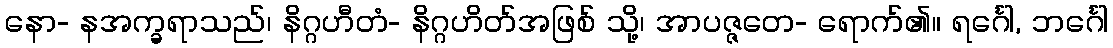
နော- နအက္ခရာသည်၊ နိဂ္ဂဟီတံ- နိဂ္ဂဟိတ်အဖြစ် သို့၊ အာပဇ္ဇတေ- ရောက်၏။ ရင်္ဂေါ, ဘင်္ဂေါ